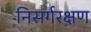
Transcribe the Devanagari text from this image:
निसर्गरक्षण